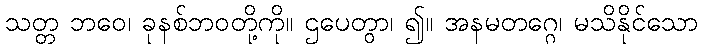
သတ္တ ဘဝေ၊ ခုနစ်ဘဝတို့ကို။ ဌပေတွာ၊ ၍။ အနမတဂ္ဂေ၊ မသိနိုင်သော